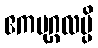
ဧကပုဂ္ဂလမ္ပိ